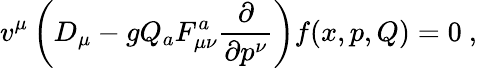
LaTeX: v^{\mu}\left(D_{\mu}-gQ_{a}F_{\mu\nu}^{a}\frac{\partial}{\partial p^{\nu}}\right)f(x,p,Q)=0\ ,